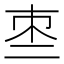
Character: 𠄬